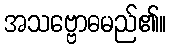
အသဗ္ဗောဓမည်၏။